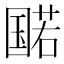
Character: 𫭔